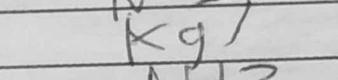
Transcription: Kg7